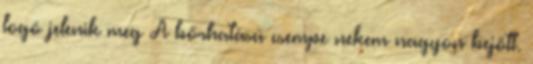
logó jelenik meg A bőrhatású csempe nekem nagyon bejött.